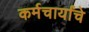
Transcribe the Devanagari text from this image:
कर्मचार्यांचे